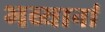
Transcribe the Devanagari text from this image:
भव्यानां